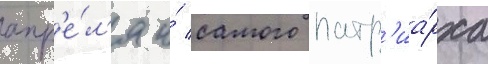
апр'е́л'я и́ самого патр'иа́рха